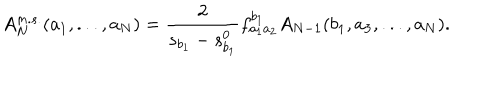
A _ { N } ^ { m . s . } ( a _ { 1 } , . . . , a _ { N } ) = \frac { 2 } { s _ { b _ { 1 } } - s _ { b _ { 1 } } ^ { 0 } } f _ { a _ { 1 } a _ { 2 } } ^ { b _ { 1 } } A _ { N - 1 } ( b _ { 1 } , a _ { 3 } , . . . , a _ { N } ) .